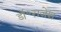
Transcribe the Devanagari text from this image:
डॉ॰राजेश